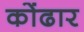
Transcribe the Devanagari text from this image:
कोंढार